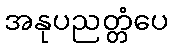
အနုပညတ္တံပေ